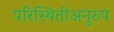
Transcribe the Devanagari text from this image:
परिस्थितीअनुरुप